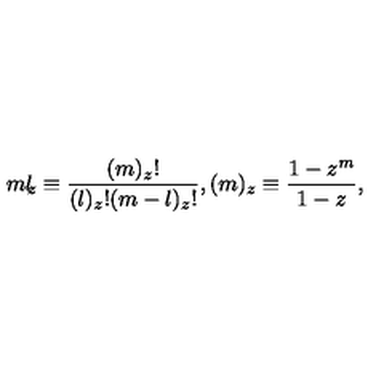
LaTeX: { \binom { m } { l } } _ { \! \! z } \equiv \frac { ( m ) _ { z } ! } { ( l ) _ { z } ! ( m - l ) _ { z } ! } , ( m ) _ { z } \equiv \frac { 1 - z ^ { m } } { 1 - z } ,